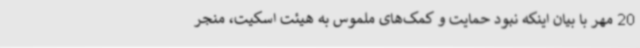
20 مهر با بیان اینکه نبود حمایت و کمک‌های ملموس به هیئت اسکیت، منجر